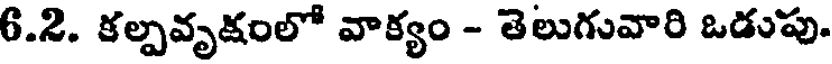
6.2. కల్పవృక్షంలో వాక్యం - తెలుగువారి ఒడుపు.